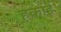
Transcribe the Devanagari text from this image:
हकाई